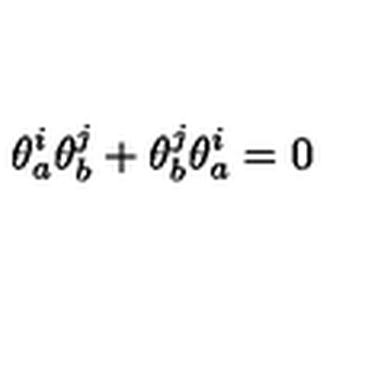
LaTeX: \theta _ { a } ^ { i } \theta _ { b } ^ { j } + \theta _ { b } ^ { j } \theta _ { a } ^ { i } = 0